38_143685_box7_Incident_Summaries_1-100
Agency: Department of War
Page 118
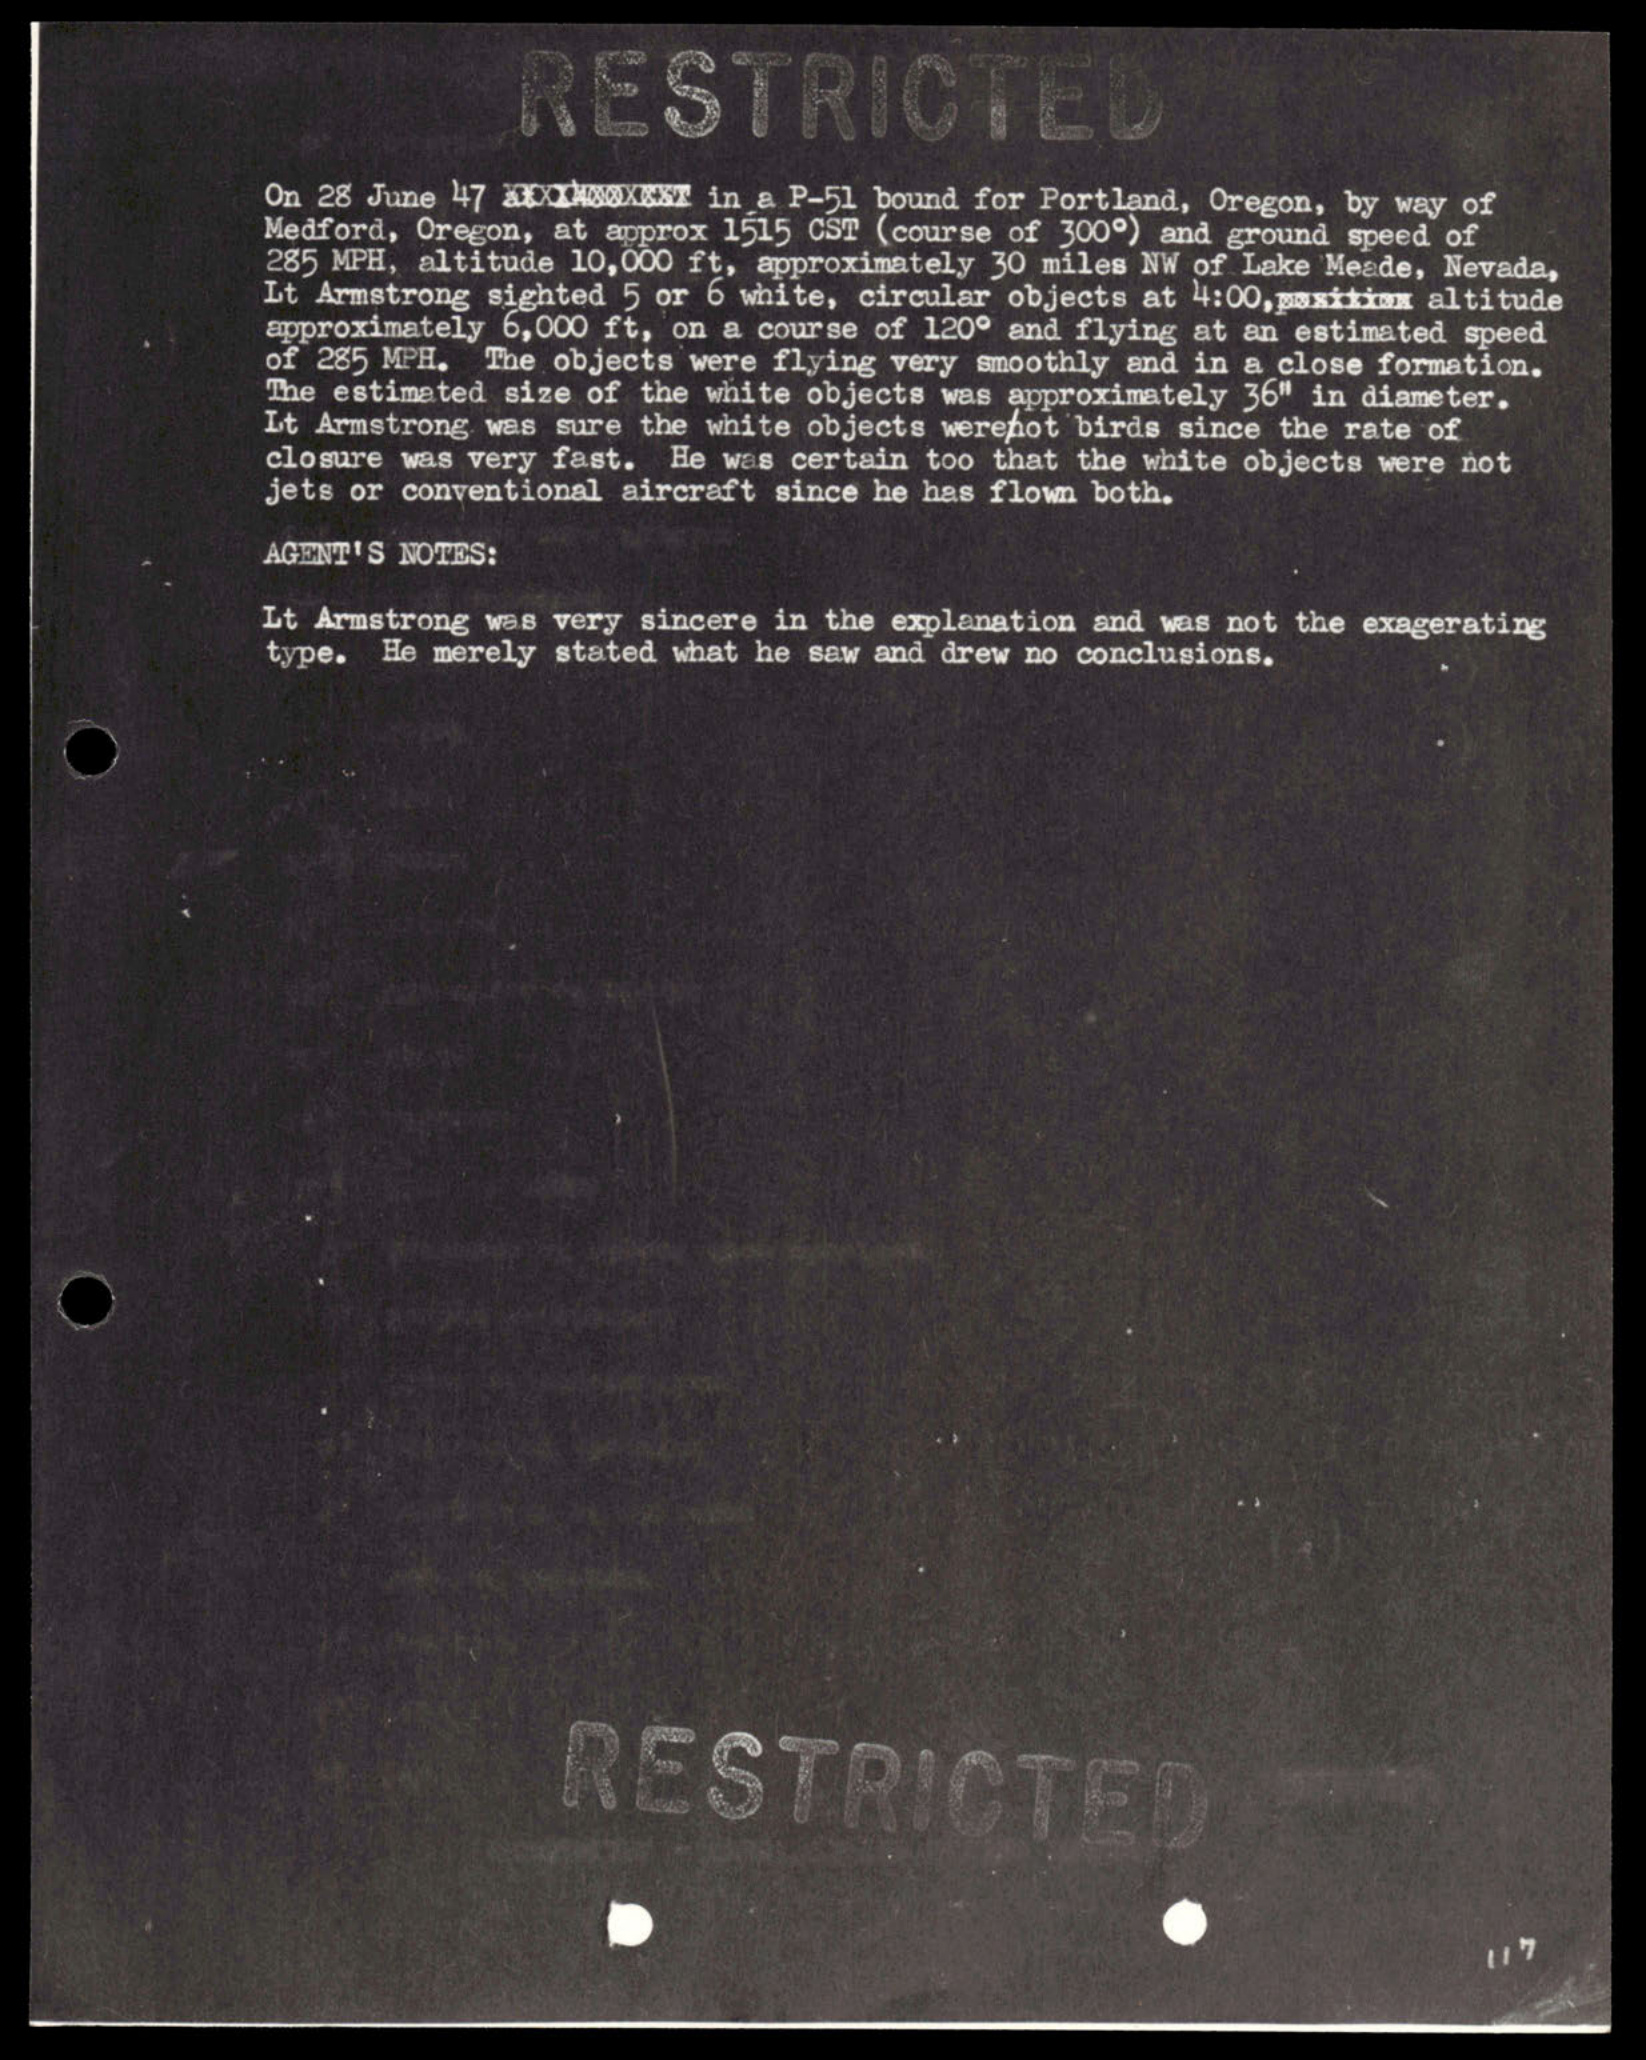